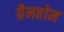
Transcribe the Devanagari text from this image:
ग्रैनहोम